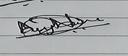
Signature authenticity: genuine